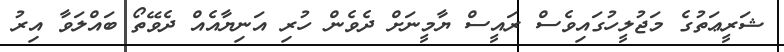
ޝަރީޢަތުގެ މަޖުލީހުގައިވެސް ރައީސް ޔާމީނަށް ދެވެން ހުރި އަނިޔާއެއް ދެވޭތޯ ބައްލަވާ އިރު